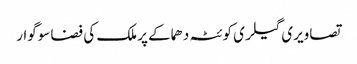
تصاویری گیلری کوئٹہ دھماکے پر ملک کی فضا سوگوار